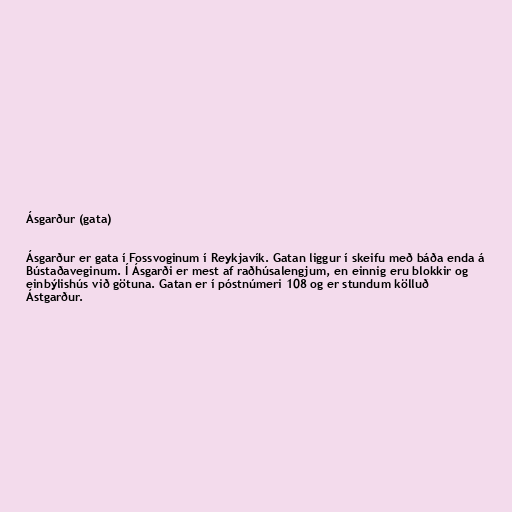
Ásgarður (gata)

Ásgarður er gata í Fossvoginum í Reykjavík. Gatan liggur í skeifu með báða enda á
Bústaðaveginum. Í Ásgarði er mest af raðhúsalengjum, en einnig eru blokkir og
einbýlishús við götuna. Gatan er í póstnúmeri 108 og er stundum kölluð
Ástgarður.